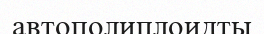
автополиплоидты